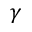
\gamma